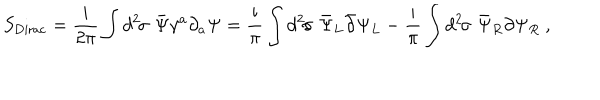
S _ { \mathrm { D i r a c } } = \mathrm { \frac { i } { 2 \ p i } } \int d ^ { 2 } \! \sigma \, \, { \bar { \Psi } } \gamma ^ { a } \partial _ { a } \Psi = \mathrm { \frac { i } { \ p i } } \int d ^ { 2 } \! \sigma \, \, { \bar { \Psi } } _ { L } { \bar { \partial } } \Psi _ { L } - \mathrm { \frac { i } { \ p i } } \int d ^ { 2 } \! \sigma \, \, { \bar { \Psi } } _ { R } { \partial } \Psi _ { R } \ ,